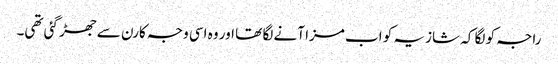
راجہ کو لگا کہ شازیہ کو اب مزا آنے لگا تھا اور وہ اسی وجہ کارن سے جھڑ گئی تھی۔